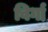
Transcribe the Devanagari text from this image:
विर्गा